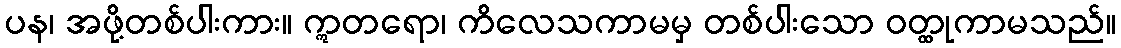
ပန၊ အဖို့တစ်ပါးကား။ ဣတရော၊ ကိလေသကာမမှ တစ်ပါးသော ဝတ္ထုကာမသည်။